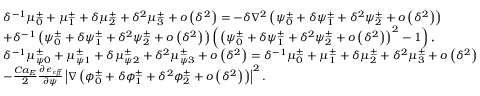
\begin{array} { r l } & { \delta ^ { - 1 } \mu _ { 0 } ^ { \pm } + \mu _ { 1 } ^ { \pm } + \delta \mu _ { 2 } ^ { \pm } + \delta ^ { 2 } \mu _ { 3 } ^ { \pm } + o \left( \delta ^ { 2 } \right) = - \delta \nabla ^ { 2 } \left( \psi _ { 0 } ^ { \pm } + \delta \psi _ { 1 } ^ { \pm } + \delta ^ { 2 } \psi _ { 2 } ^ { \pm } + o \left( \delta ^ { 2 } \right) \right) } \\ & { + \delta ^ { - 1 } \left( \psi _ { 0 } ^ { \pm } + \delta \psi _ { 1 } ^ { \pm } + \delta ^ { 2 } \psi _ { 2 } ^ { \pm } + o \left( \delta ^ { 2 } \right) \right) \left( \left( \psi _ { 0 } ^ { \pm } + \delta \psi _ { 1 } ^ { \pm } + \delta ^ { 2 } \psi _ { 2 } ^ { \pm } + o \left( \delta ^ { 2 } \right) \right) ^ { 2 } - 1 \right) , } \\ & { \delta ^ { - 1 } \mu _ { \psi 0 } ^ { \pm } + \mu _ { \psi 1 } ^ { \pm } + \delta \mu _ { \psi 2 } ^ { \pm } + \delta ^ { 2 } \mu _ { \psi 3 } ^ { \pm } + o \left( \delta ^ { 2 } \right) = \delta ^ { - 1 } \mu _ { 0 } ^ { \pm } + \mu _ { 1 } ^ { \pm } + \delta \mu _ { 2 } ^ { \pm } + \delta ^ { 2 } \mu _ { 3 } ^ { \pm } + o \left( \delta ^ { 2 } \right) } \\ & { - \frac { C a _ { E } } { 2 } \frac { \partial \epsilon _ { \it e f f } } { \partial \psi } \left| \nabla \left( \phi _ { 0 } ^ { \pm } + \delta \phi _ { 1 } ^ { \pm } + \delta ^ { 2 } \phi _ { 2 } ^ { \pm } + o \left( \delta ^ { 2 } \right) \right) \right| ^ { 2 } . } \end{array}